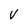
Character: V